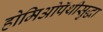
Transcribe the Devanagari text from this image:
होमिओपॅथीसुद्धा